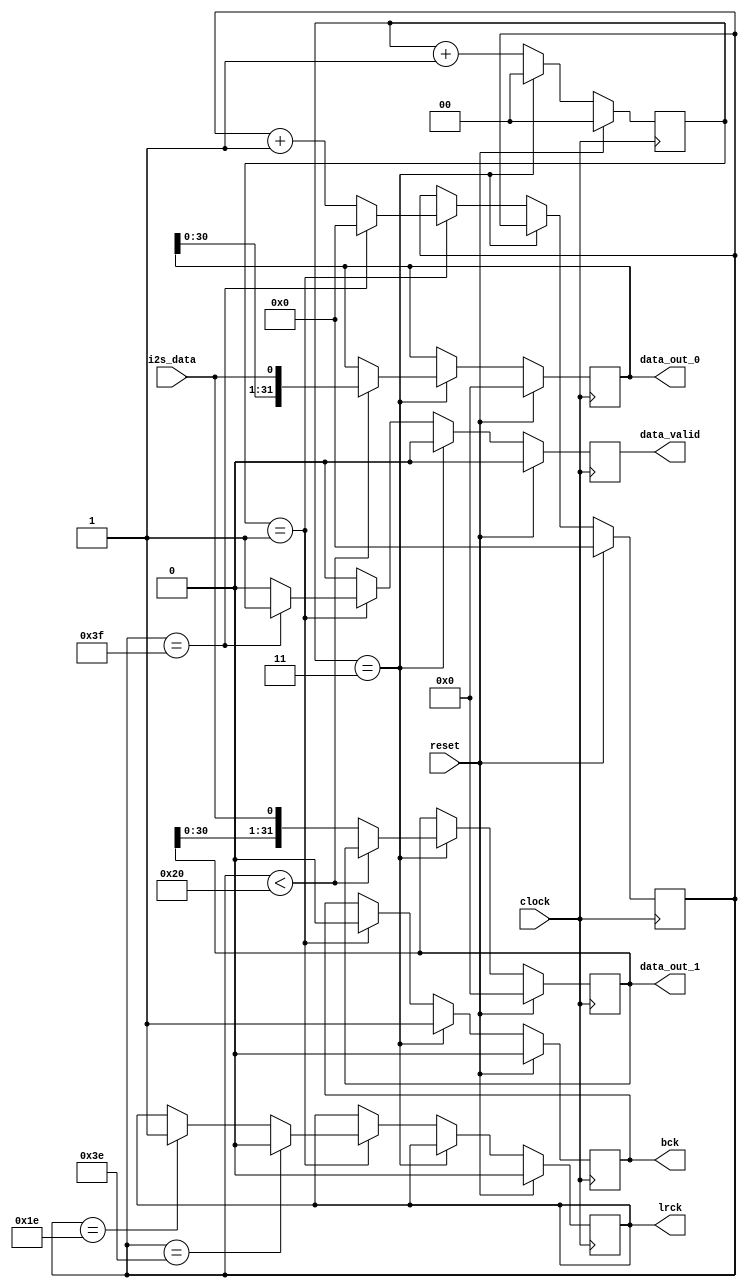
`timescale 1ns/100ps

/**
 * Implements an i2s controller.
 *
 * input  clock      Digital clock that drives this module
 * input  reset      Active-high reset signal
 * output data_valid Strobe that indicates when there is valid data on 'data_out' that must be read.
 *                   Failure to read data out on the same cycle that 'data_valid' is high will
 *                   result in dropped data.
 * output data_out_0 Port from which i2s data for lrck = 0 phase is to be read by other FPGA
 *                   circuitry.
 * output data_out_1 Same as data_out_0, but for lrck = 1 phase.
 * input  i2s_data   Reads the data line of the i2s bus.
 * output bck        Drives the bitclock line of the i2s bus.
 * output lrck       Drives the lrck line of the i2s bus.
 *
 * parameter bits_per_word    Number of bits in each lrck
 * parameter bck_divisor      Amount by which to divide 'clock' to get bck. Must be at least 2 and
 *                            must be even.
 */
module i2s_controller
  #(parameter bits_per_word = 32,
    parameter bck_divisor = 4)
    (input      clock,
     input      reset,

     // outputs to rest of FPGA system
     output reg                           data_valid,
     output reg [(bits_per_word - 1) : 0] data_out_0,
     output reg [(bits_per_word - 1) : 0] data_out_1,

     // inputs from i2s peripheral
     input      i2s_data,

     // outputs to i2s peripheral
     output reg bck,
     output reg lrck);

    localparam bck_divisor_even  = (bck_divisor >> 1) << 1;
    localparam bck_counter_width = $clog2(bck_divisor_even - 1);
    reg [(bck_counter_width - 1):0] bck_counter;

    // Keeps track of how many bits have been read in for this cycle of lrck.
    // This counter is incremented on falling edges of bck.
    localparam bits_per_frame = bits_per_word * 2;
    localparam lrck_counter_width = $clog2(bits_per_frame - 1);
    reg [(lrck_counter_width - 1):0] lrck_bitcounter;

    always @(posedge clock) begin
        if (reset) begin
            data_valid <= 'h0;
            data_out_0 <= 'h0;
            data_out_1 <= 'h0;

            bck <= 'b0;
            lrck <= 'b0;

            bck_counter <= 'h0;
            lrck_bitcounter <= 'h0;
        end else begin
            if (bck_counter == (bck_divisor_even - 1)) begin
                // bitclock rising edge
                data_valid <= 'h0;

                // clock a bit into the data_out register
                if (lrck_bitcounter < bits_per_word) begin
                    data_out_0 <= {data_out_0, i2s_data};
                    data_out_1 <= data_out_1;
                end else begin
                    data_out_0 <= data_out_0;
                    data_out_1 <= {data_out_1, i2s_data};
                end

                bck <= 1'b1;
                lrck <= lrck;

                bck_counter <= 'h0;
                lrck_bitcounter <= lrck_bitcounter;
            end else if (bck_counter == (bck_divisor_even >> 1) - 1) begin
                // bitclock falling edge
                // data becomes valid for a single clock cycle when entire frame has been read.
                data_valid <= (lrck_bitcounter == (bits_per_frame - 1)) ? 'b1 : 'b0;

                data_out_0 <= data_out_0;
                data_out_1 <= data_out_1;

                bck <= 1'b0;

                if (lrck_bitcounter == (bits_per_frame - 2)) begin
                    lrck <= 1'b0;
                end else if (lrck_bitcounter == (bits_per_frame >> 1) - 2) begin
                    lrck <= 1'b1;
                end else begin
                    lrck <= lrck;
                end

                bck_counter <= bck_counter + 'h1;
                lrck_bitcounter <= (lrck_bitcounter == (bits_per_frame - 1)) ?
                                   'h0 : lrck_bitcounter + 1;
            end else begin
                data_valid <= 1'b0;

                data_out_0 <= data_out_0;
                data_out_1 <= data_out_1;

                bck <= bck;
                lrck <= lrck;

                bck_counter <= bck_counter + 'h1;
                lrck_bitcounter <= lrck_bitcounter;
            end

        end
    end
endmodule